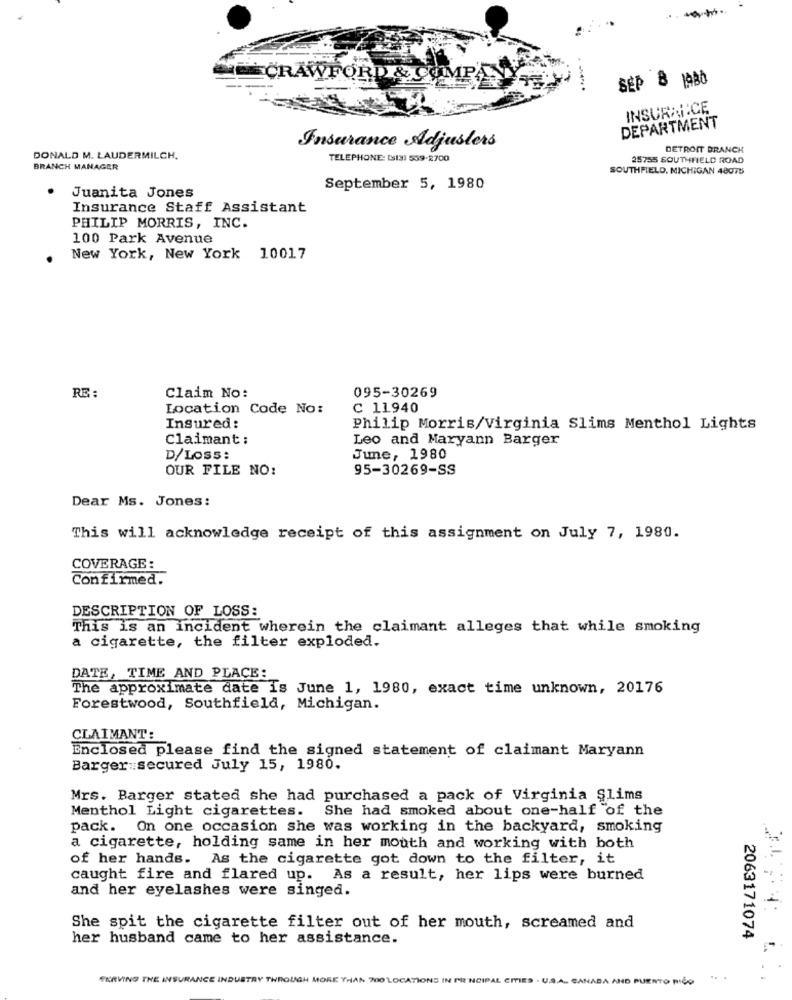
CRAWFORD
SEP & 1980
INSURANCE
DEPARTMENT
Insurance Adjuslers
DETROIT BRANCH
DONALD M. LAUDERMILCH.
TELEPHONE: (S131 509-2700
25755 SOUTHFIELD ROAD
BRANCH MANAGER
SOUTHFIELD, MICHIGAN 48075
September 5, 1980
Juanita Jones
Insurance Staff Assistant
PHILIP MORRIS, INC.
100 Park Avenue
New York, New York 10017
095-30269
RE:
Claim No:
Location Code No:
C 11940
Insured:
Philip Morris/Virginia Slims Menthol Lights
Claimant :
Leo and Maryann Barger
D/LOSS:
June, 1980
OUR FILE NO:
95-30269-SS
Dear Ms. Jones:
This will acknowledge receipt of this assignment on July 7, 1980.
COVERAGE:
Confirmed.
DESCRIPTION OF LOSS:
This is an incident wherein the claimant alleges that while smoking
a cigarette, the filter exploded.
DATE, TIME AND PLACE:
The approximate date is June 1, 1980, exact time unknown, 20176
Forestwood, Southfield, Michigan.
CLAIMANT:
Enclosed please find the signed statement of claimant Maryann
Barger secured July 15, 1980.
Mrs. Barger stated she had purchased a pack of Virginia Slims
Menthol Light cigarettes.
She had smoked about one-half of the
pack. On one occasion she was working in the backyard, smoking
a cigarette, holding same in her mouth and working with both
of her hands. As the cigarette got down to the filter, it
caught fire and flared up. As a result, her lips were burned
and her eyelashes were singed.
She spit the cigarette filter out of her mouth, screamed and
her husband came to her assistance.
2063171074
SERVING THE INSURANCE INDUSTRY THROUGH MORE THAN 700'LOCATIONS IN PRINCIPAL CITIES . U.S.A. CANADA AND PUERTO RICO
.. .